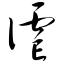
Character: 谑